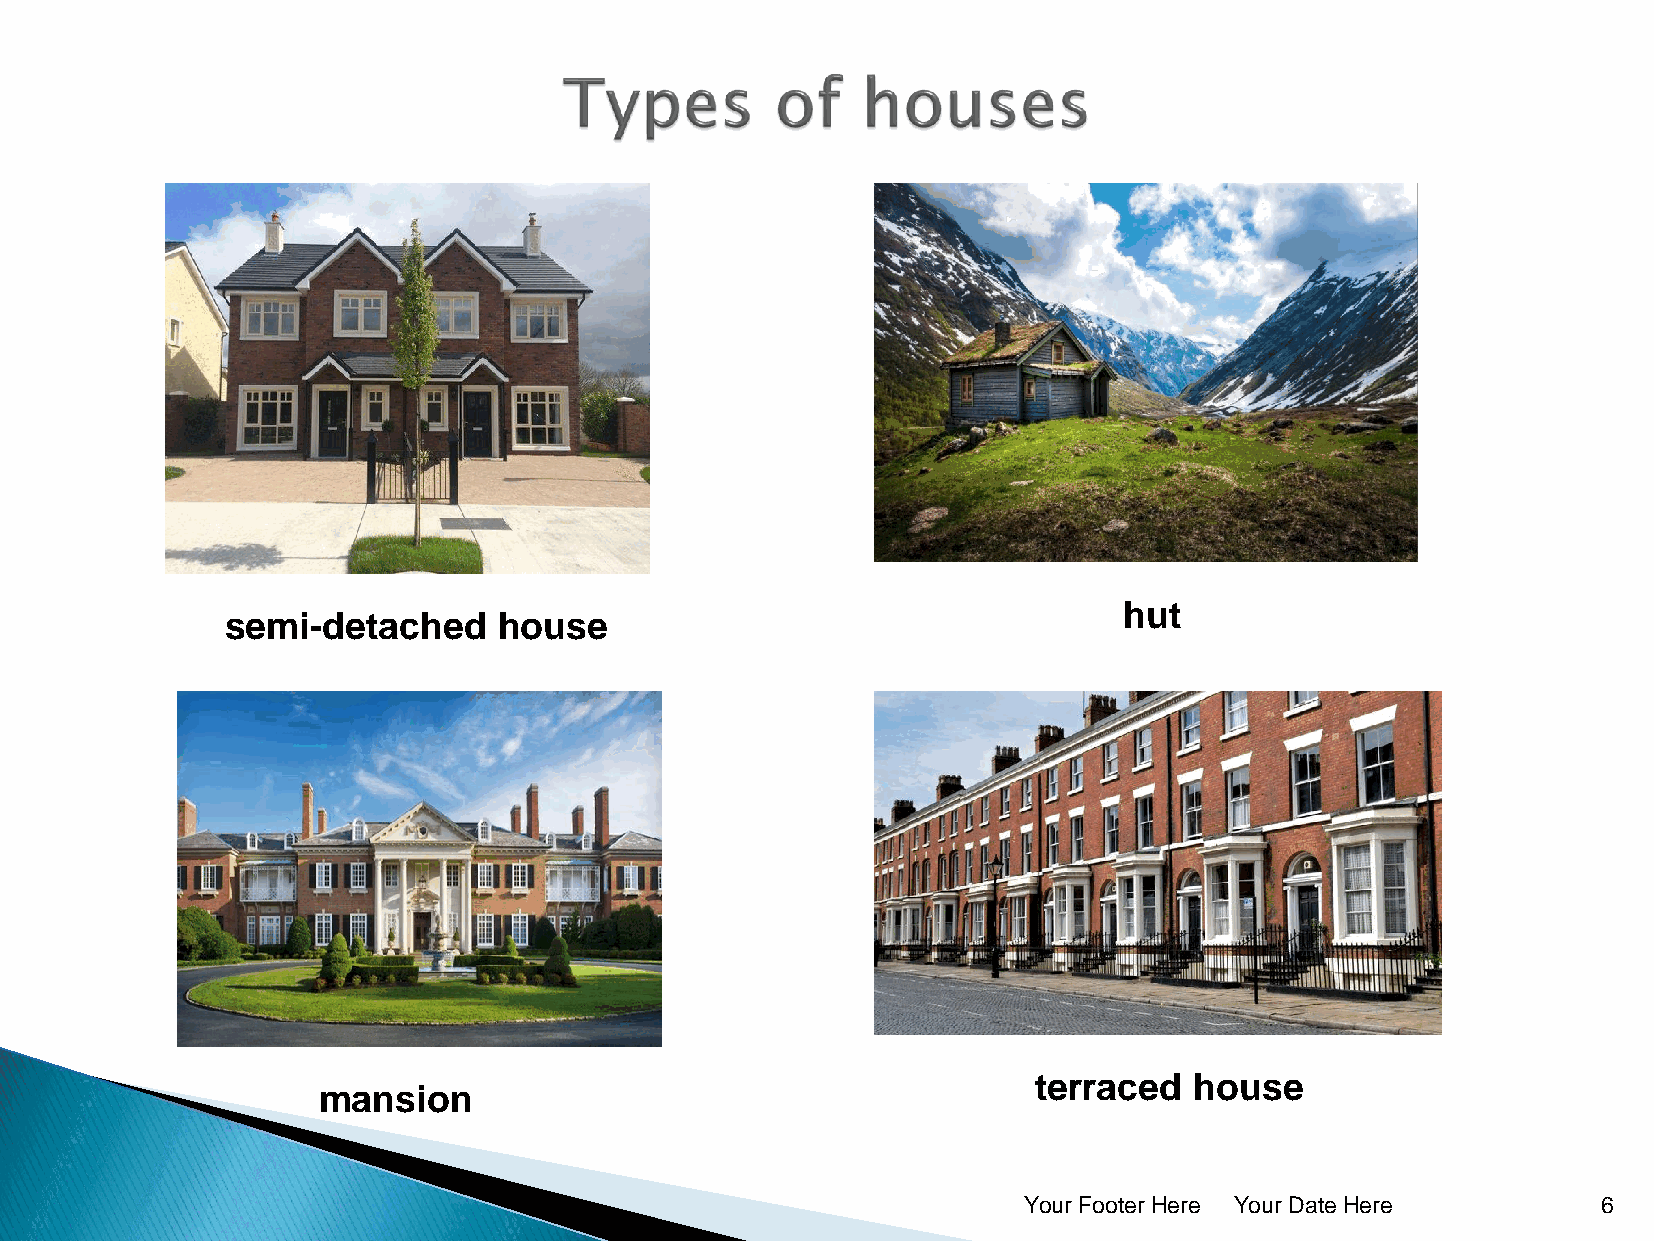
hut
 semi-detached     house
 terraced  house
 mansion
 Your Footer Here Your Date Here       6